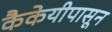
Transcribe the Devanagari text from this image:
कैकेयीपासून